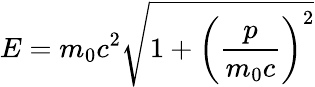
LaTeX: E=m_{0}c^{2}{\sqrt{1+\left({\frac{p}{m_{0}c}}\right)^{2}}}